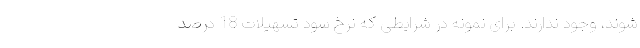
شوند، وجود ندارند. برای نمونه در شرایطی که نرخ سود تسهیلات 18 درصد